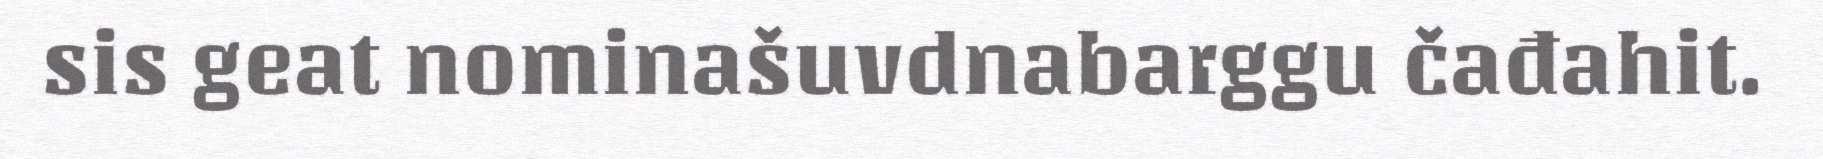
sis geat nominašuvdnabarggu čađahit.